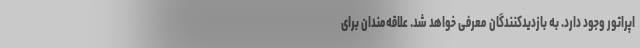
اپراتور وجود دارد. به بازدیدکنندگان معرفی خواهد شد. علاقه‌مندان برای